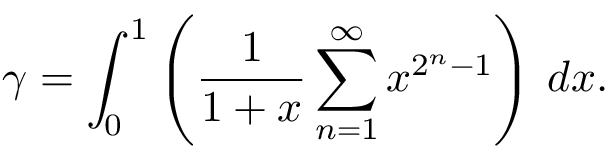
\gamma = \int _ { 0 } ^ { 1 } \left( { \frac { 1 } { 1 + x } } \sum _ { n = 1 } ^ { \infty } x ^ { 2 ^ { n } - 1 } \right) \, d x .